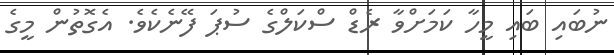
ނުބައި ބައި މީހާ ކަމަށްވާ ރެޑް ސްކަލްގެ ސުޕަ ފޭނެކެވެ. އެގޮތުން މީގެ